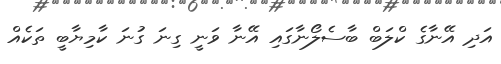
އަދި އޭނާގެ ކްލަބް ބާސެލޯނާގައި އޭނާ ވަނީ ގިނަ ގުނަ ކާމިޔާބީ ތަކެއް